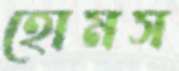
হোমস